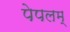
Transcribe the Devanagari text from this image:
पेपलम्